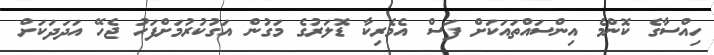
ހިއްސާގެ ކޮންމެ އިންސައްތައަކަށް ފަސް އެމެރިކާ ޑޮލަރުގެ މަގުން އަގުކުރުމަށްފަހު ޖެހޭ އަދަދަކަށް